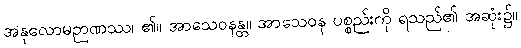
အနုလောမဉာဏဿ၊ ၏။ အာသေဝနန္တ။ အာသေဝန ပစ္စည်းကို ရသည်၏ အဆုံး၌။